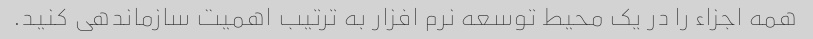
همه اجزاء را در یک محیط توسعه نرم افزار به ترتیب اهمیت سازماندهی کنید.